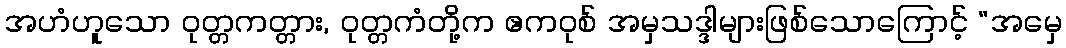
အဟံဟူသော ဝုတ္တကတ္တား, ဝုတ္တကံတို့က ဧကဝုစ် အမှသဒ္ဒါများဖြစ်သောကြောင့် “အမှေ